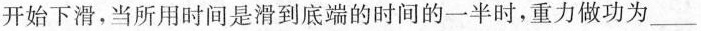
开始下滑，当所用时间是滑到底端的时间的一半时，重力做功为___